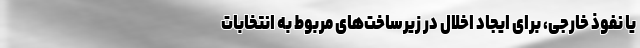
یا نفوذ خارجی، برای ایجاد اخلال در زیرساخت‌های مربوط به انتخابات